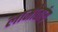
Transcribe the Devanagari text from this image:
लामोतांय